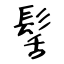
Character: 髺